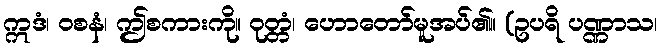
ဣဒံ၊ ဝစနံ၊ ဤစကားကို။ ဝုတ္တံ၊ ဟောတော်မူအပ်၏။ (ဥပရိ ပဏ္ဏာသ၊